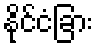
နိုင်ငံခြား